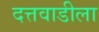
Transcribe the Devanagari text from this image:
दत्तवाडीला